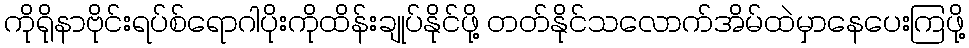
ကိုရိုနာဗိုင်းရပ်စ်ရောဂါပိုးကိုထိန်းချုပ်နိုင်ဖို့ တတ်နိုင်သလောက်အိမ်ထဲမှာနေပေးကြဖို့